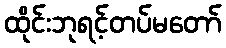
ထိုင်းဘုရင့်တပ်မတော်